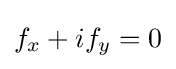
{\textstyle f_{x}+if_{y}=0}